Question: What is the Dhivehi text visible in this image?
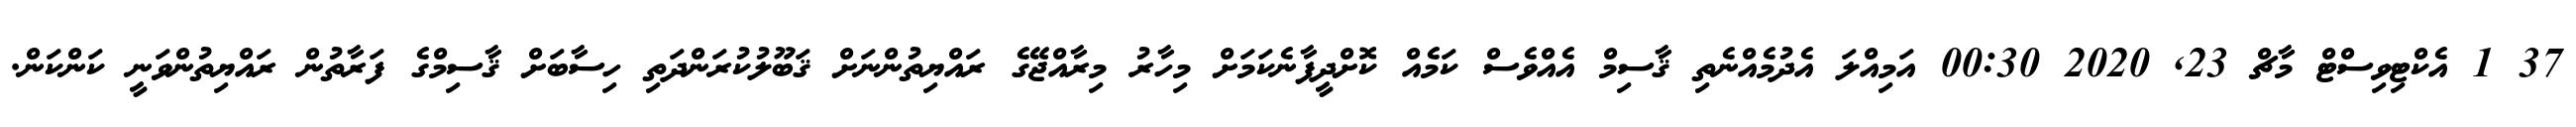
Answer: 37 1 އެކްޓިވިސްޓް މާޗް 23, 2020 00:30 އަމިއްލަ އެދުމެއްނެތި ޤާސިމް އެއްވެސް ކަމެއް ކޮށްދީފާނެކަމަށް މިހާރު މިރާއްޖޭގެ ރައްޔިތުންނަށް ޤަބޫލުކުރަންދަތި ހިސާބަށް ޤާސިމްގެ ފަރާތުން ރައްޔިތުންވަނީ ކަންކަން.